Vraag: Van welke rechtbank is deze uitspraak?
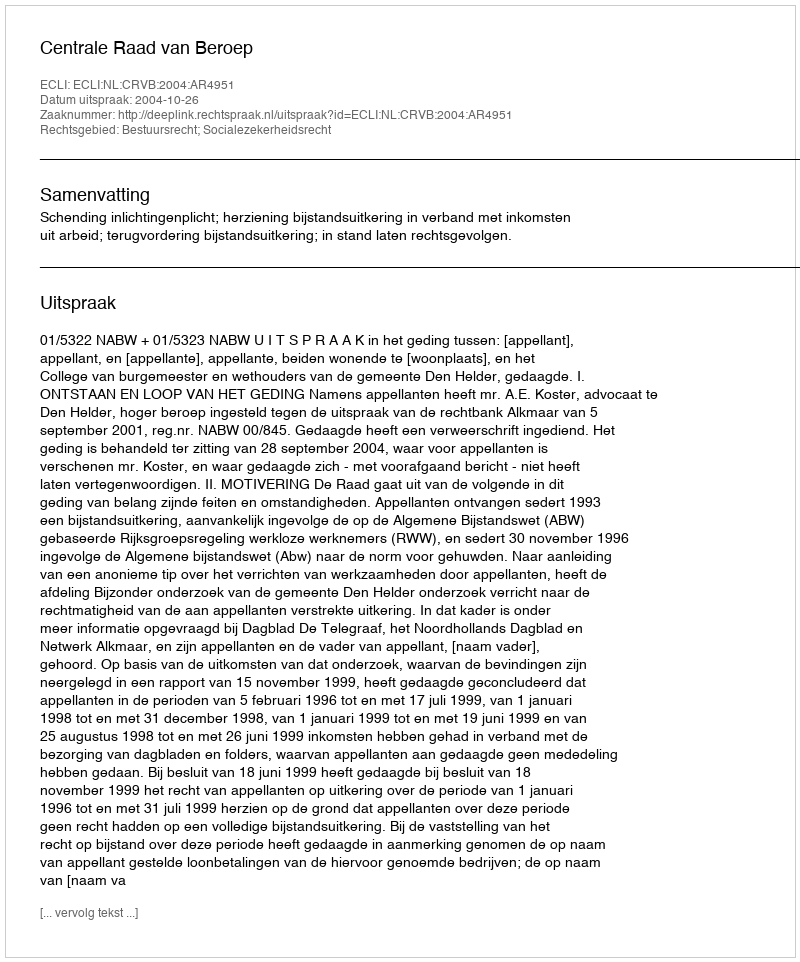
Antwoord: Centrale Raad van Beroep